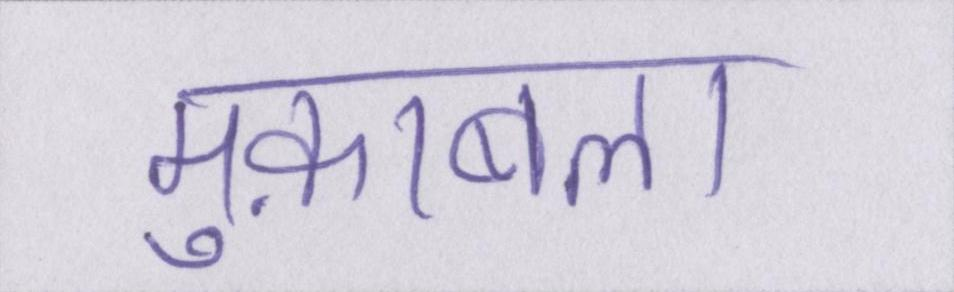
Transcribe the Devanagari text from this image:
मुक़ाबला